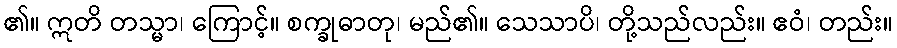
၏။ ဣတိ တသ္မာ၊ ကြောင့်။ စက္ခုဓာတု၊ မည်၏။ သေသာပိ၊ တို့သည်လည်း။ ဧဝံ၊ တည်း။